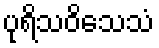
ပုရိသဝိသေသံ